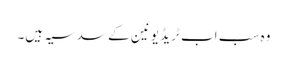
وہ سب اب ٹریڈ یونین کے سدسیہ ہیں۔